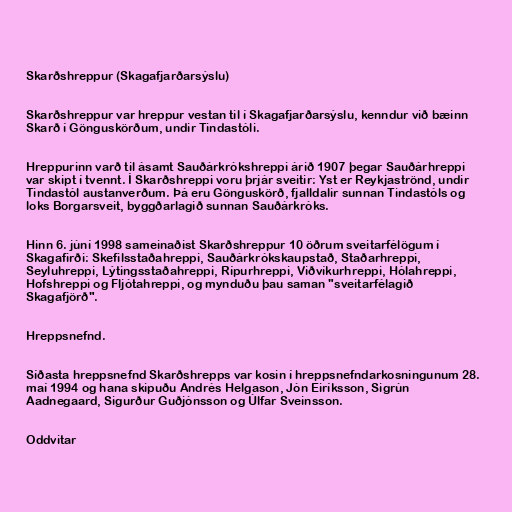
Skarðshreppur (Skagafjarðarsýslu)

Skarðshreppur var hreppur vestan til í Skagafjarðarsýslu, kenndur við bæinn
Skarð í Gönguskörðum, undir Tindastóli.

Hreppurinn varð til ásamt Sauðárkrókshreppi árið 1907 þegar Sauðárhreppi
var skipt í tvennt. Í Skarðshreppi voru þrjár sveitir: Yst er Reykjaströnd, undir
Tindastól austanverðum. Þá eru Gönguskörð, fjalldalir sunnan Tindastóls og
loks Borgarsveit, byggðarlagið sunnan Sauðárkróks.

Hinn 6. júní 1998 sameinaðist Skarðshreppur 10 öðrum sveitarfélögum í
Skagafirði: Skefilsstaðahreppi, Sauðárkrókskaupstað, Staðarhreppi,
Seyluhreppi, Lýtingsstaðahreppi, Rípurhreppi, Viðvíkurhreppi, Hólahreppi,
Hofshreppi og Fljótahreppi, og mynduðu þau saman "sveitarfélagið
Skagafjörð".

Hreppsnefnd.

Síðasta hreppsnefnd Skarðshrepps var kosin í hreppsnefndarkosningunum 28.
maí 1994 og hana skipuðu Andrés Helgason, Jón Eiríksson, Sigrún
Aadnegaard, Sigurður Guðjónsson og Úlfar Sveinsson.

Oddvitar